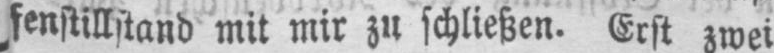
fenstillstand mit mir zu schließen. Erst zwei